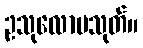
ဥသုလောမသုတ်။